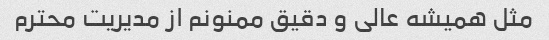
مثل همیشه عالی و دقیق ‌ممنونم از مدیریت محترم